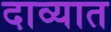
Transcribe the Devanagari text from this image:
दाव्यात